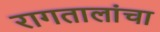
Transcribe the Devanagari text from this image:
रागतालांचा